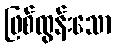
ဖြစ်ထွန်းသော